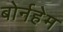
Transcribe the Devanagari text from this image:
बोर्नहेम